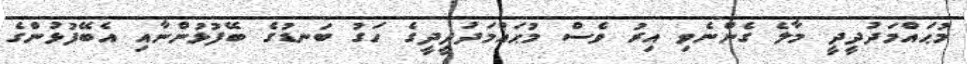
މުޙައްމަދުދީދީ މާލެ ގެންނެވި އިރު ވެސް މުޙައްމަދުދީދީގެ ހަގު ބަނޑުގެ ބޭފުޅުންނާއި އެބޭފުޅުންގެ